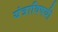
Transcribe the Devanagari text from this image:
यंत्राविषयी